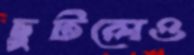
ছুটলেও